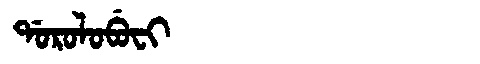
Manchu: ᡩᠣᡵᠣᠯᠣᠪᡠᠸᡳ
Romanization: DOROLOBUFI